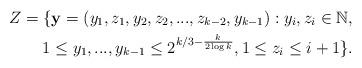
LaTeX: \begin{align*}Z=\lbrace \mathbf{y}=(y_1,z_1,y_2,z_2,...,z_{k-2},y_{k-1}): y_i,z_i \in \mathbb{N}, \\1 \leq y_1,...,y_{k-1} \leq 2^{k/3-\frac{k}{2\log k}}, 1 \leq z_i \leq i+1 \rbrace .\end{align*}